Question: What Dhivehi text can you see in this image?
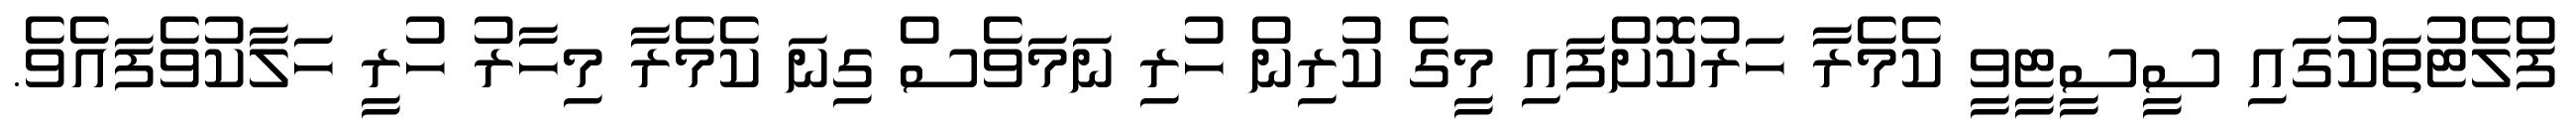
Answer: ފްލެޓުތަކުގައި ސީސީޓީވީ ކެމެރާ ހަރުކޮށްފައި މީގެ ކުރިން ހުރި ނަމަވެސް ގިނަ ކެމެރާ މިހާރު ހުރީ ހަލާކުވެފައެވެ.